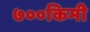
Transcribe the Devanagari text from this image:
७००किमी